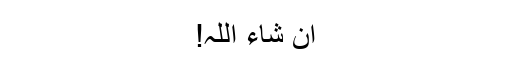
ان شاء اللہ!